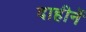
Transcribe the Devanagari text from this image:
दाहीनें